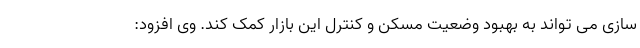
سازی می تواند به بهبود وضعیت مسکن و کنترل این بازار کمک کند. وی افزود: